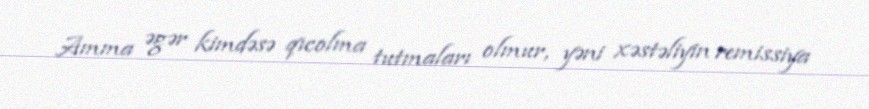
Amma əgər kimdəsə qıcolma tutmaları olmur, yəni xəstəliyin remissiya